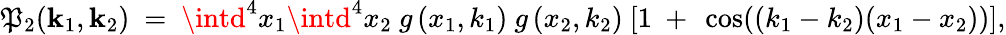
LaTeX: \mathfrak{P}_{2}({\mathbf{k}}_{1},{\mathbf{k}}_{2})\ =\ \intd^{4}x_{1}\intd^{4}x_{2}\ g\left(x_{1},k_{1}\right)\ g\left(x_{2},k_{2}\right)\ [1\ +\ \cos((k_{1}-k_{2})(x_{1}-x_{2}))],